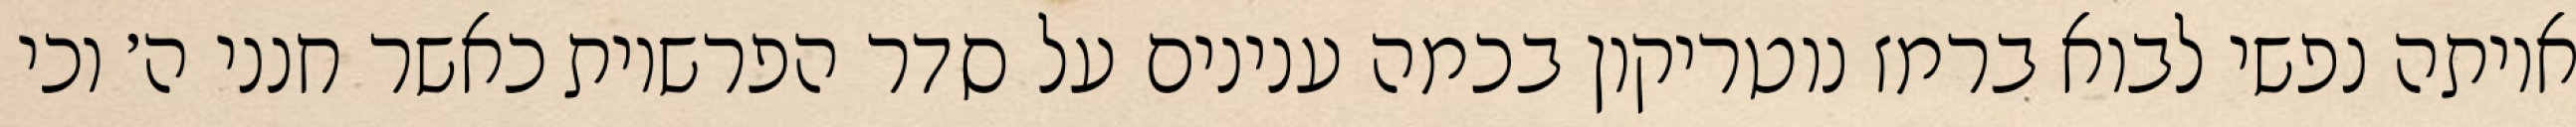
איותה נפשי לבוא ברמז נוטריקון בכמה ענינים על סדר הפרשיות כאשר חנני ה׳ וכי